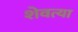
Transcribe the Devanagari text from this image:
शेवत्या